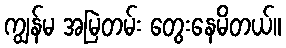
ကျွန်မ အမြဲတမ်း တွေးနေမိတယ်။